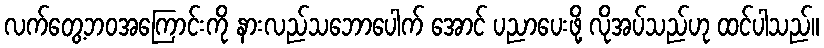
လက်တွေ့ဘဝအကြောင်းကို နားလည်သဘောပေါက် အောင် ပညာပေးဖို့ လိုအပ်သည်ဟု ထင်ပါသည်။